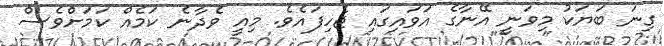
ގިނަ ބަޔަކު މިވަނީ އޭނާގެ އަވައިގައި ޖެހިފައެވެ. މިއީ ވެދާނެ ކަމެއް ކަމަށްވެސް